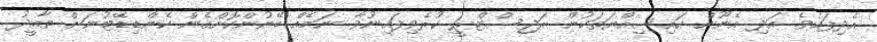
އެދިފައެވެ. އަދި އެނޫން ހައިސިއްޔަތަކުން ރަޖިސްޓްރީ ކުރެވިފައިނުވާ ނަމެއް ބޭނުންކޮށްގެން ކެންޑިޑޭޓުނަށް ތާއީދު